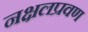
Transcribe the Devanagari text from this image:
नक्षलप्रवण